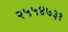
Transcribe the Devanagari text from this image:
२५५४७३१